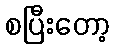
စပြီးတော့